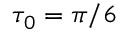
\tau _ { 0 } = \pi / 6